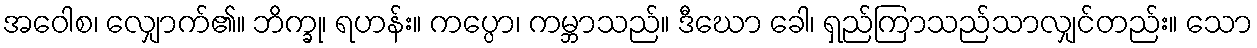
အဝေါစ၊ လျှောက်၏။ ဘိက္ခု၊ ရဟန်း။ ကပ္ပော၊ ကမ္ဘာသည်။ ဒီဃော ခေါ၊ ရှည်ကြာသည်သာလျှင်တည်း။ သော